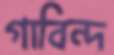
গাবিন্দ